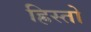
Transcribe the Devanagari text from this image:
ह्रिस्तो